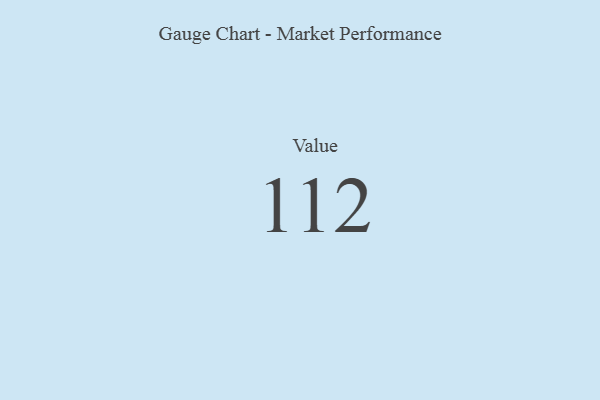
{"axis": {"x": "Metric", "y": "Value"}, "legend": [""], "data": [{"x": "Value", "y": 112, "type": ""}]}